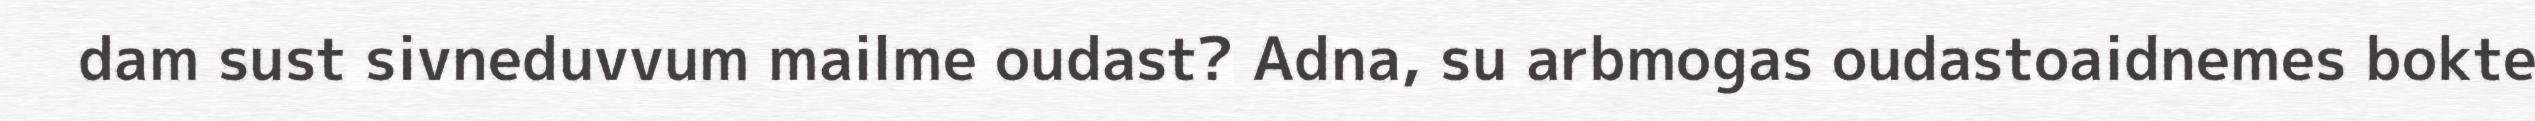
dam sust sivneduvvum mailme oudast? Adna, su arbmogas oudastoaidnemes bokte